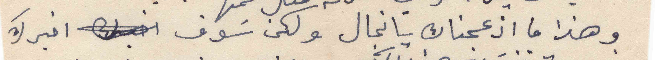
وهذا ما ازعجناك يانجال ولكن سوف اخبرك